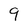
Character: 9